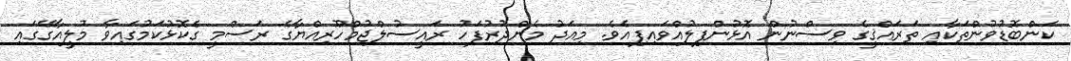
ކަންބޮޑުވުންތަކާއި ތަރައްޤީގެ ވިސްނުން އޮޅުންފިލުއްވައިފިއެވެ. މިއަދު މެންދުރުފަހު ރައީސުލްޖުމްހޫރިއްޔާގެ ރަސްމީ ގެކޮޅުކަމުގައިވާ މުލީއާގޭގައި